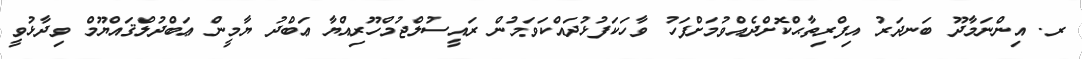
ރ. އިންނަމާދޫ ބަނދަރު އިފްރިތާޙްކޮށްދެއްވުމަށްފަހު ވާހަކަފުޅުދައްކަވަމުން ރައީސުލްޖުމްހޫރިއްޔާ ޢަބްދު ޔާމީން ޢަބްދުލްޤައްޔޫމް ވިދާޅުވީ